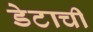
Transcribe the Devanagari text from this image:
डेटाची